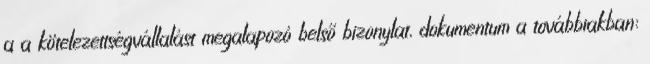
a a kötelezettségvállalást megalapozó belső bizonylat, dokumentum a továbbiakban: